Indian journal of veterinary science and animal husbandry - Volume 6,
Year: 1936
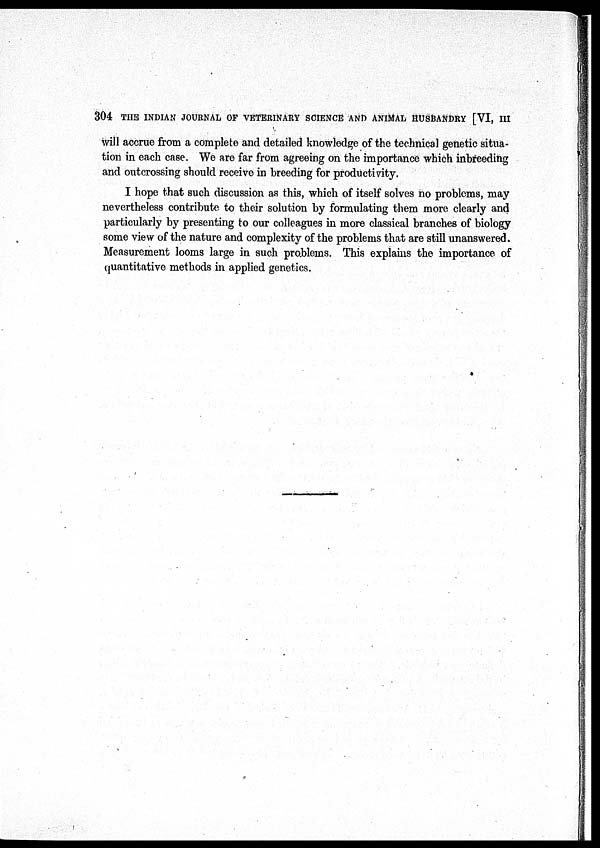
304 THE INDIAN JOURNAL OF VETERINARY SCIENCE AND ANIMAL HUSBANDRY [VI, III
will accrue from a complete and detailed knowledge of the technical genetic situa-
tion in each case. We are far from agreeing on the importance which inbreeding
and outcrossing should receive in breeding for productivity.
I hope that such discussion as this, which of itself solves no problems, may
nevertheless contribute to their solution by formulating them more clearly and
particularly by presenting to our colleagues in more classical branches of biology
some view of the nature and complexity of the problems that are still unanswered.
Measurement looms large in such problems. This explains the importance of
quantitative methods in applied genetics.